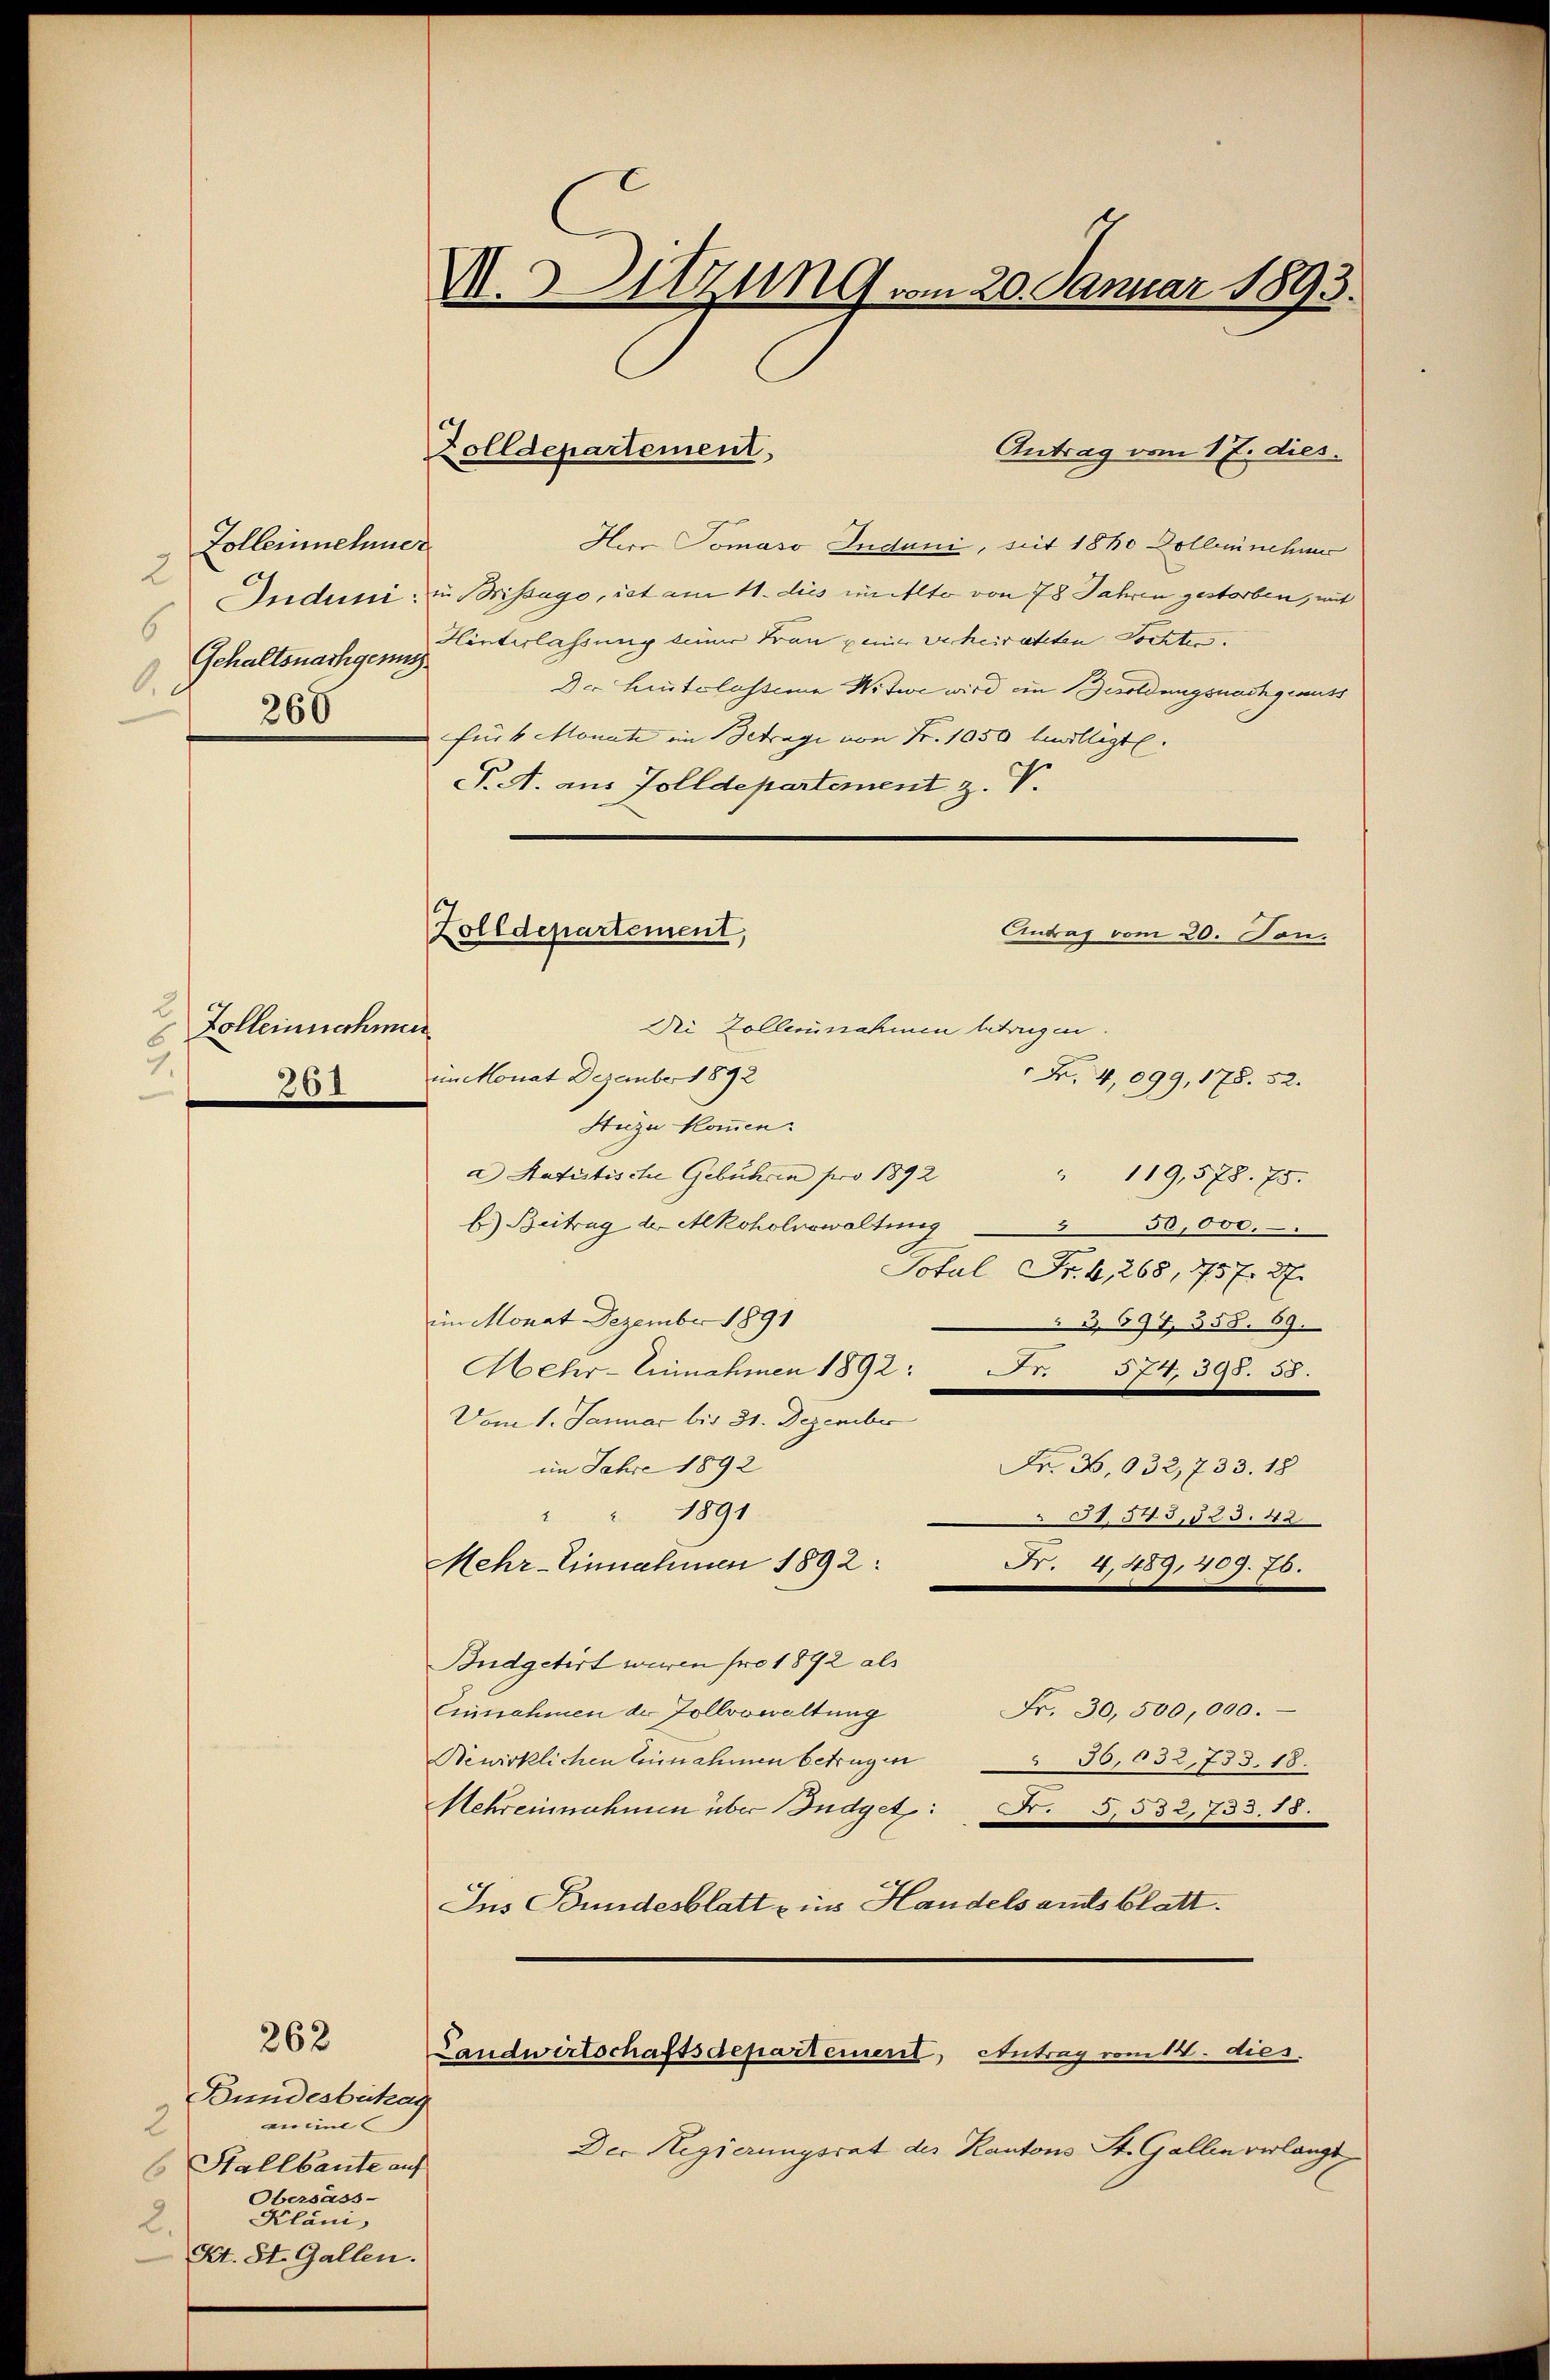
Zolleinehmer
2
6
.
268

2
Zolleinnahmen
1.
261

Bundesbehag
enil
2
Stallbaute auf
Obersass-
Kläni,
2.
Kt. St. Gallen.

262

V.Sitzung vom 20. Januar 1893.

Antrag vom 17. dies.
Herr Tomaso Induni, mit 1860 Dolbeinchne
Induni in Brissago, ist am 11. dies mitte von 78 Jahren gestorben, mit
Gehaltsnachgenz unterlassung keiner Frau einer verheirateten Tochter.
Dr. Heutelassene Nitwe wird ein Besoldungsnachgemuts
für 4 Monate im Betrage von Fr. 1050 bewilligt.
P. A. aus Tolldepartement z. V.

Zolldepartement

Zolldepartement,
Die Zollennahmen betrugen.

Antrag vom 20. Ton.

Landwirtschaftsdepartement, Antrag vom 14. dies

im Monat Dezember 1892
Nr. 4,099, 178. 52.
Huze kommen.
a Satistische Gebühren pro 1892
" 119,578. 75.
b) Beitrag der Alkoholnwaltung
3 56,000.
Total Fr. 4,268, 1757. 27.
im Monat Dezember 1891
3697, 558. 69.
Mehr-Einnahmen 1892:
Fr. 574. 390. 55.
Vom 1. Januar bis 31. Dezember
im Jahre 1892
Fr. 36,032,733. 18
" 1891

51545,523. 42
Mehr-Einnahmen 1892:
R. 4,489,407. 70.
Budgetirt waren pro 1892 als
Fr. 30,500,000.
Einnahmen der Zollvowaltung
Bewirklichen Einnahmen betragen
30,032,733. 18.
Nehreinnahmen über Budget: Fr. 5532,733. 18.
Ins Bundesblatt eins Handels andesblatt.

Der Regierungsrat der Kantons St. Gallen verlangt